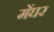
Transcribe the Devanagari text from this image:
मेंघर